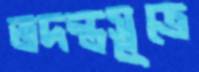
তদন্তসূত্রে